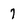
Character: 7